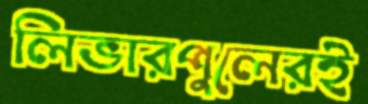
লিভারপুলেরই